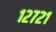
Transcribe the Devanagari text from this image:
१२७२१